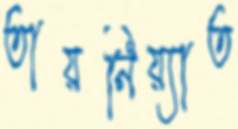
তায়নিয়্যাত